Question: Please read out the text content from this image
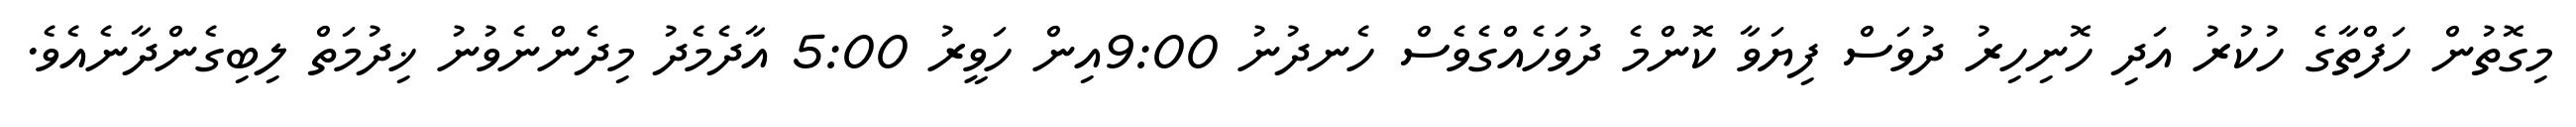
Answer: މިގޮތުން ހަފްތާގެ ހުކުރު އަދި ހޮނިހިރު ދުވަސް ފިޔަވާ ކޮންމެ ދުވަހެއްގެވެސް ހެނދުނު 9:00އިން ހަވީރު 5:00 އާދެމެދު މިދެންނެވުނު ޚިދުމަތް ލިބިގެންދާނެއެވެ.